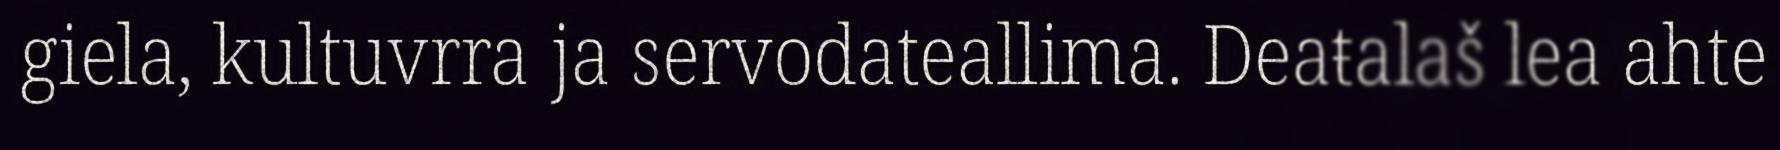
giela, kultuvrra ja servodateallima. Deaŧalaš lea ahte